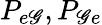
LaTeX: P_{e\mathscr{G}},P_{\mathscr{G}e}